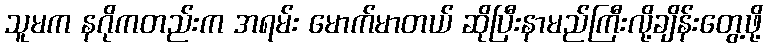
သူမက နဂိုကတည်းက အရမ်း မောက်မာတယ် ဆိုပြီးနာမည်ကြီးလို့ချိန်းတွေ့ဖို့